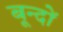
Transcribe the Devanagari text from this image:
बून्दों